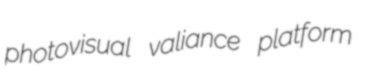
photovisual valiance platform